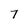
Character: 7